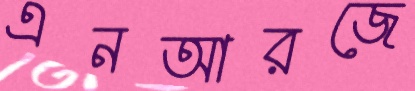
এনআরজে